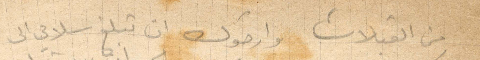
من القبلات وارجوك ان تبلغ سلامي الى